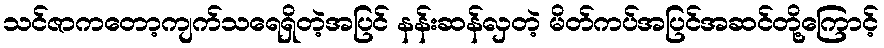
သင်ဇာကတော့ကျက်သရေရှိတဲ့အပြင် နန်းဆန်လှတဲ့ မိတ်ကပ်အပြင်အဆင်တို့ကြောင့်